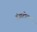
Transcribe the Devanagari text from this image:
हंबाटोटा